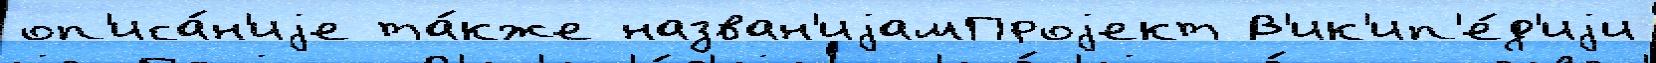
оп'иса́н'иjе та́кже назван'иjамПроjект В'ик'ип'е́д'иjи